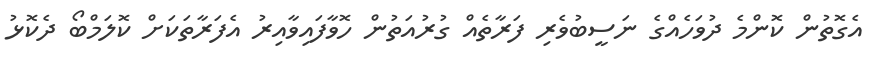
އެގޮތުން ކޮންމެ ދުވަހެއްގެ ނަސީބުވެރި ފަރާތެއް ގުރުއަތުން ހޮވާފައިވާއިރު އެފަރާތަކަށް ކޮލަމްބޯ ދެކޮޅު